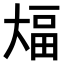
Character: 𫯫